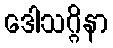
ဒေါသဂ္ဂိနာ